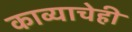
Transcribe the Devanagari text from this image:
काव्याचेही